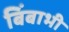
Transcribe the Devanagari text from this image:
बिंबाभी